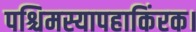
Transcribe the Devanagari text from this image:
पश्चिमस्यापहाकिंरक।